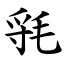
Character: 㲕